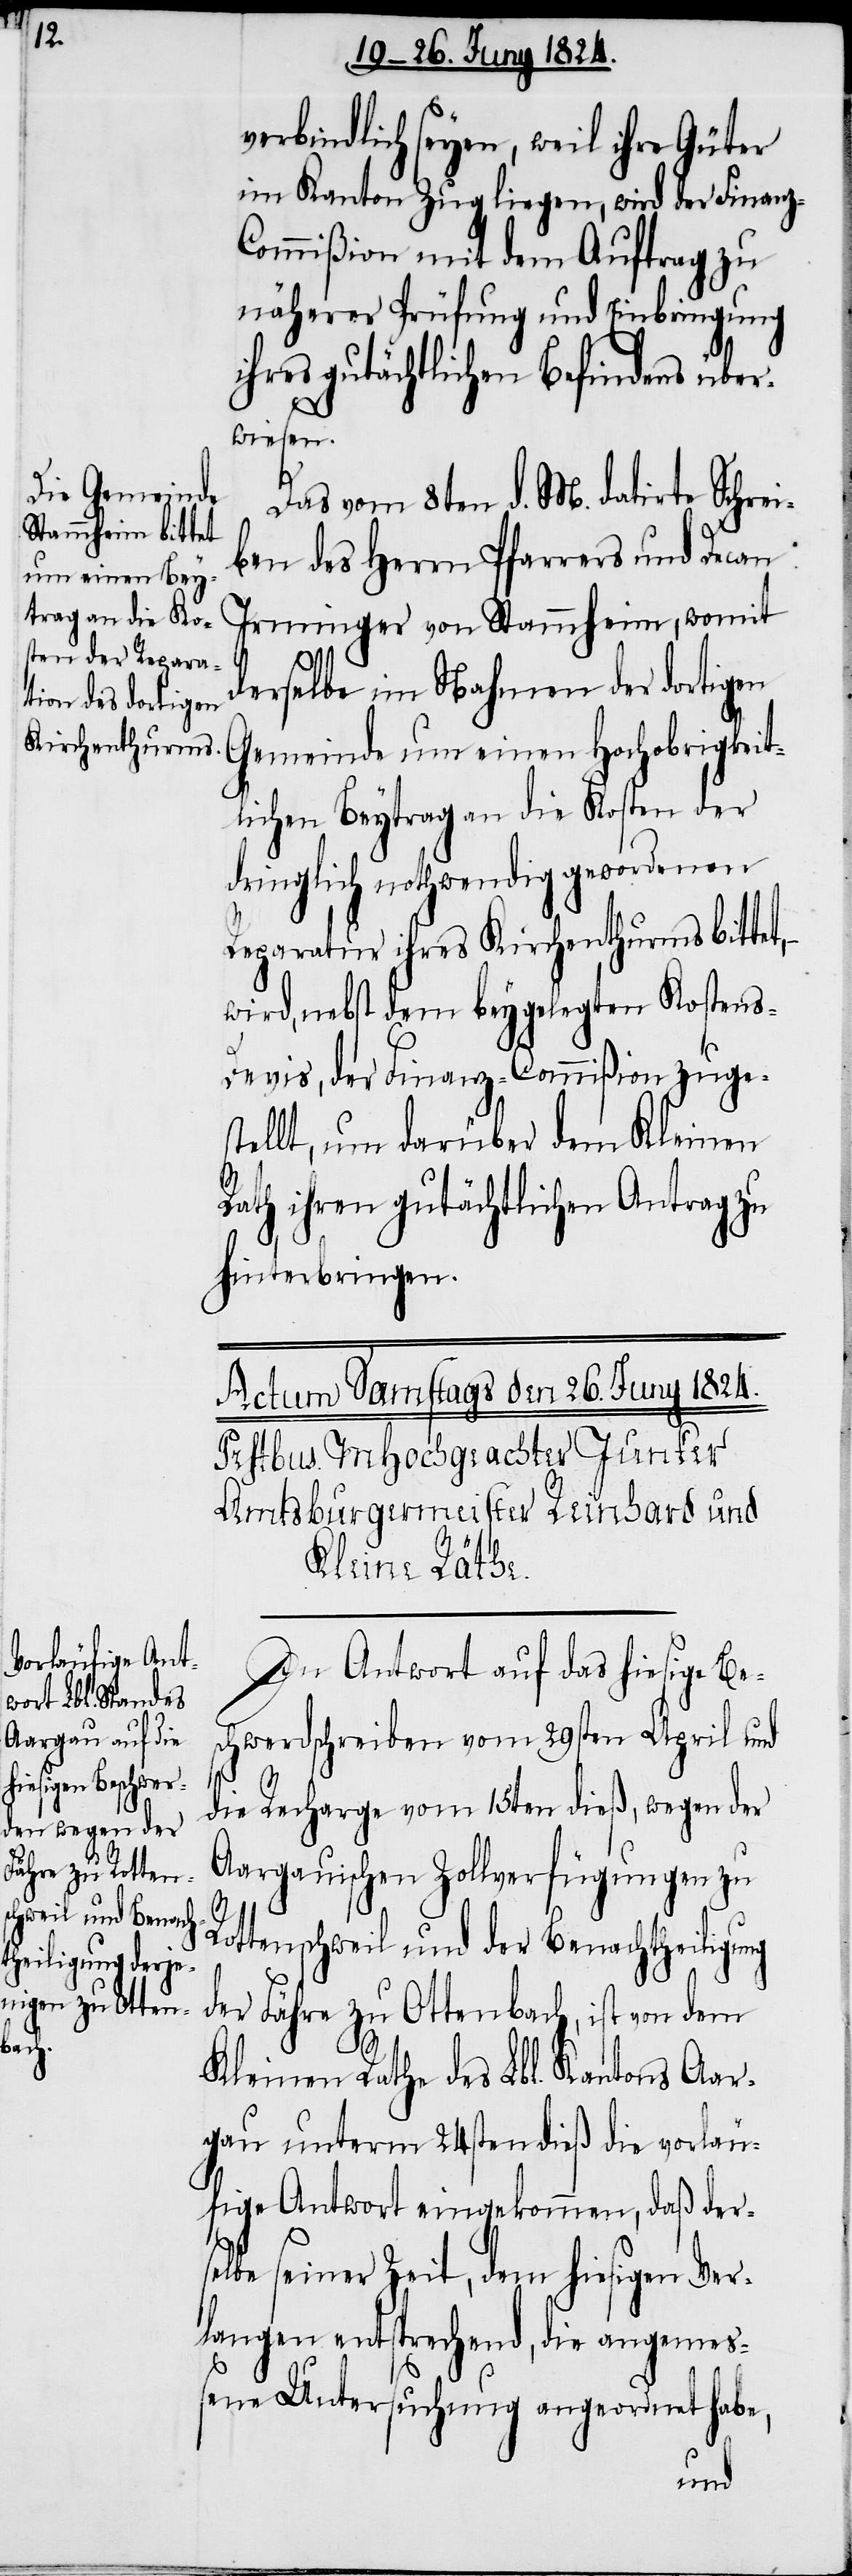
verbindlich seyen, weil ihre Güter
im Kanton Zug liegen, wird der Finanz-C¬
ommißion mit dem Auftrag zu
näherer Prüfung und Einbringung
ihres gutächtlichen Befindens über¬
wiesen.
Das vom 8ten d. M. datirte Schrei¬
ben des Herrn Pfarrers und Decan
Irminger von Stammheim, womit
derselbe im Nahmen der dortigen
Gemeinde um einen Hochobrigkeit¬
lichen Beytrag an die Kosten der
dringlich nothwendig gewordenen
Reparatur ihres Kirchenthurms bittet,
wird, nebst dem beygelegten Kosten¬
s-Devis, der Finanz-Commißion zuges¬
tellt, um darüber dem Kleinen
Rath ihren gutächtlichen Antrag zu
hinterbringen.
In Antwort auf das hiesige Be¬
schwerdeschreiben vom 29sten April und
die Recharge vom 15ten dieß, wegen der
Aargauischen Zollverfügungen zu
Rottenschweil und der Benachtheiligung
der Fähre zu Ottenbach, ist von dem
Kleinen Rathe des Lbl. Kantons Aar¬
gau unterm 24sten dieß die vorläu¬
fige Antwort eingekommen, daß ders¬
elbe seiner Zeit, dem hiesigen Ver¬
langen entsprechend, die angemeß¬
ene Untersuchung angeordnet habe,